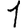
Digit: 1